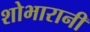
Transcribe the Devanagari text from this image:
शोभारानी